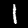
Label: 1